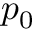
p _ { 0 }